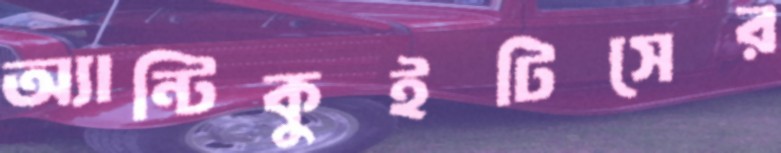
অ্যান্টিকুইটিসের